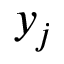
y _ { j }